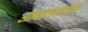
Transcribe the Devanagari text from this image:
आबालालांचा